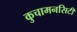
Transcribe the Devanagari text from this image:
कुचामनसिटी